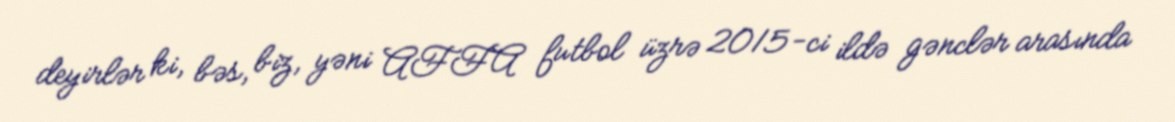
deyirlər ki, bəs, biz, yəni AFFA futbol üzrə 2015-ci ildə gənclər arasında